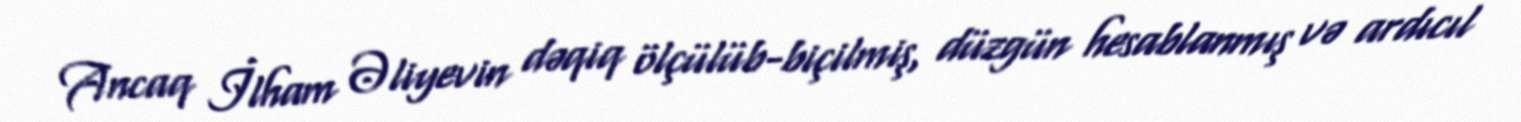
Ancaq İlham Əliyevin dəqiq ölçülüb-biçilmiş, düzgün hesablanmış və ardıcıl